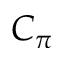
C _ { \pi }